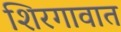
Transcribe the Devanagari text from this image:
शिरगावात